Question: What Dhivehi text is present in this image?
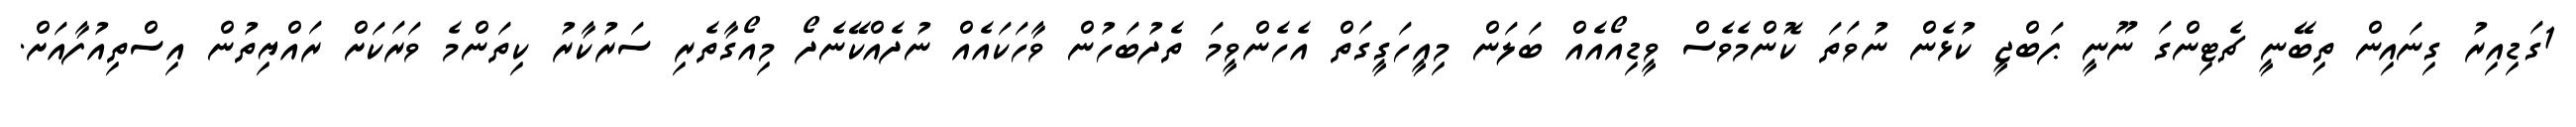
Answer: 1ގަޑިއިރު ގިނައިން ތިބޭނީ ޗެޓިންގަ ނޫނީ ޕަބްޖީ ކުޅެން ނުވަތަ ކޮންމެވެސް ވީޑިއޯއެއް ބަލަން މިއީހަގީގަތް އެހެންވީމަ ތެދުބަހުން ވާހަކައެއް ނުދެއްކޭނެދޯ މިއޯގާތެރި ސަރުކާރު ކިތަންމެ ވަރަކަށް ރައްޔިތުން އިސްތިއުފާއަށް.